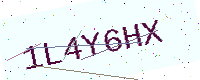
Text: 1L4Y6HX